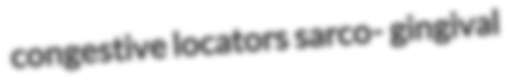
congestive locators sarco- gingival